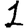
Digit: 1